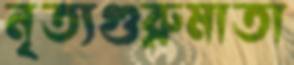
নৃত্যগুরুমাতা